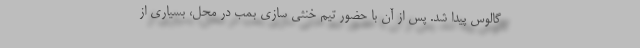
گالوس پیدا شد. پس از آن با حضور تیم خنثی سازی بمب در محل، بسیاری از